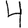
Digit: 4